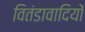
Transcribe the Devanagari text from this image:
वितंडावादियों